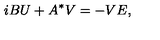
i B U + A ^ { * } V = - V E ,